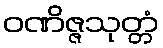
ဝဏိဇ္ဇသုတ္တံ